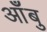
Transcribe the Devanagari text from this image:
आँबु